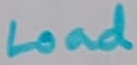
Text: Load